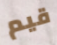
قيم